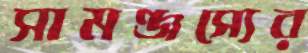
সামঞ্জস্যের